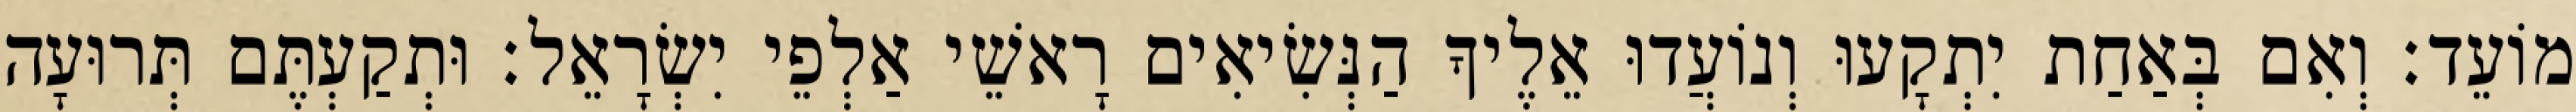
מוֹעֵד׃ וְאִם בְּאַחַת יִתְקָעוּ וְנוֹעֲדוּ אֵלֶיךָ הַנְּשִׂיאִים רָאשֵׁי אַלְפֵי יִשְׂרָאֵל׃ וּתְקַעְתֶּם תְּרוּעָה